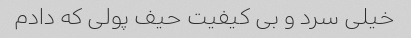
خیلی سرد و بی کیفیت حیف پولی که دادم